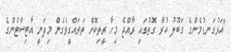
"އަޅުގަނޑުމެންގެ ގަބޫލު ކުރާ ގޮތުގައި ރާއްޖެ މިހާ ރީތިކޮށް ތަރައްގީވެގެން މިދަނީ އާޓިސްޓުންގެ